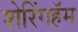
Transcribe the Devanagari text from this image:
शेरिंगहॅम